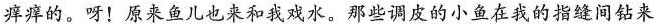
痒痒的。呀！原来鱼儿也来和我戏水。那些调皮的小鱼在我的指缝间钻来